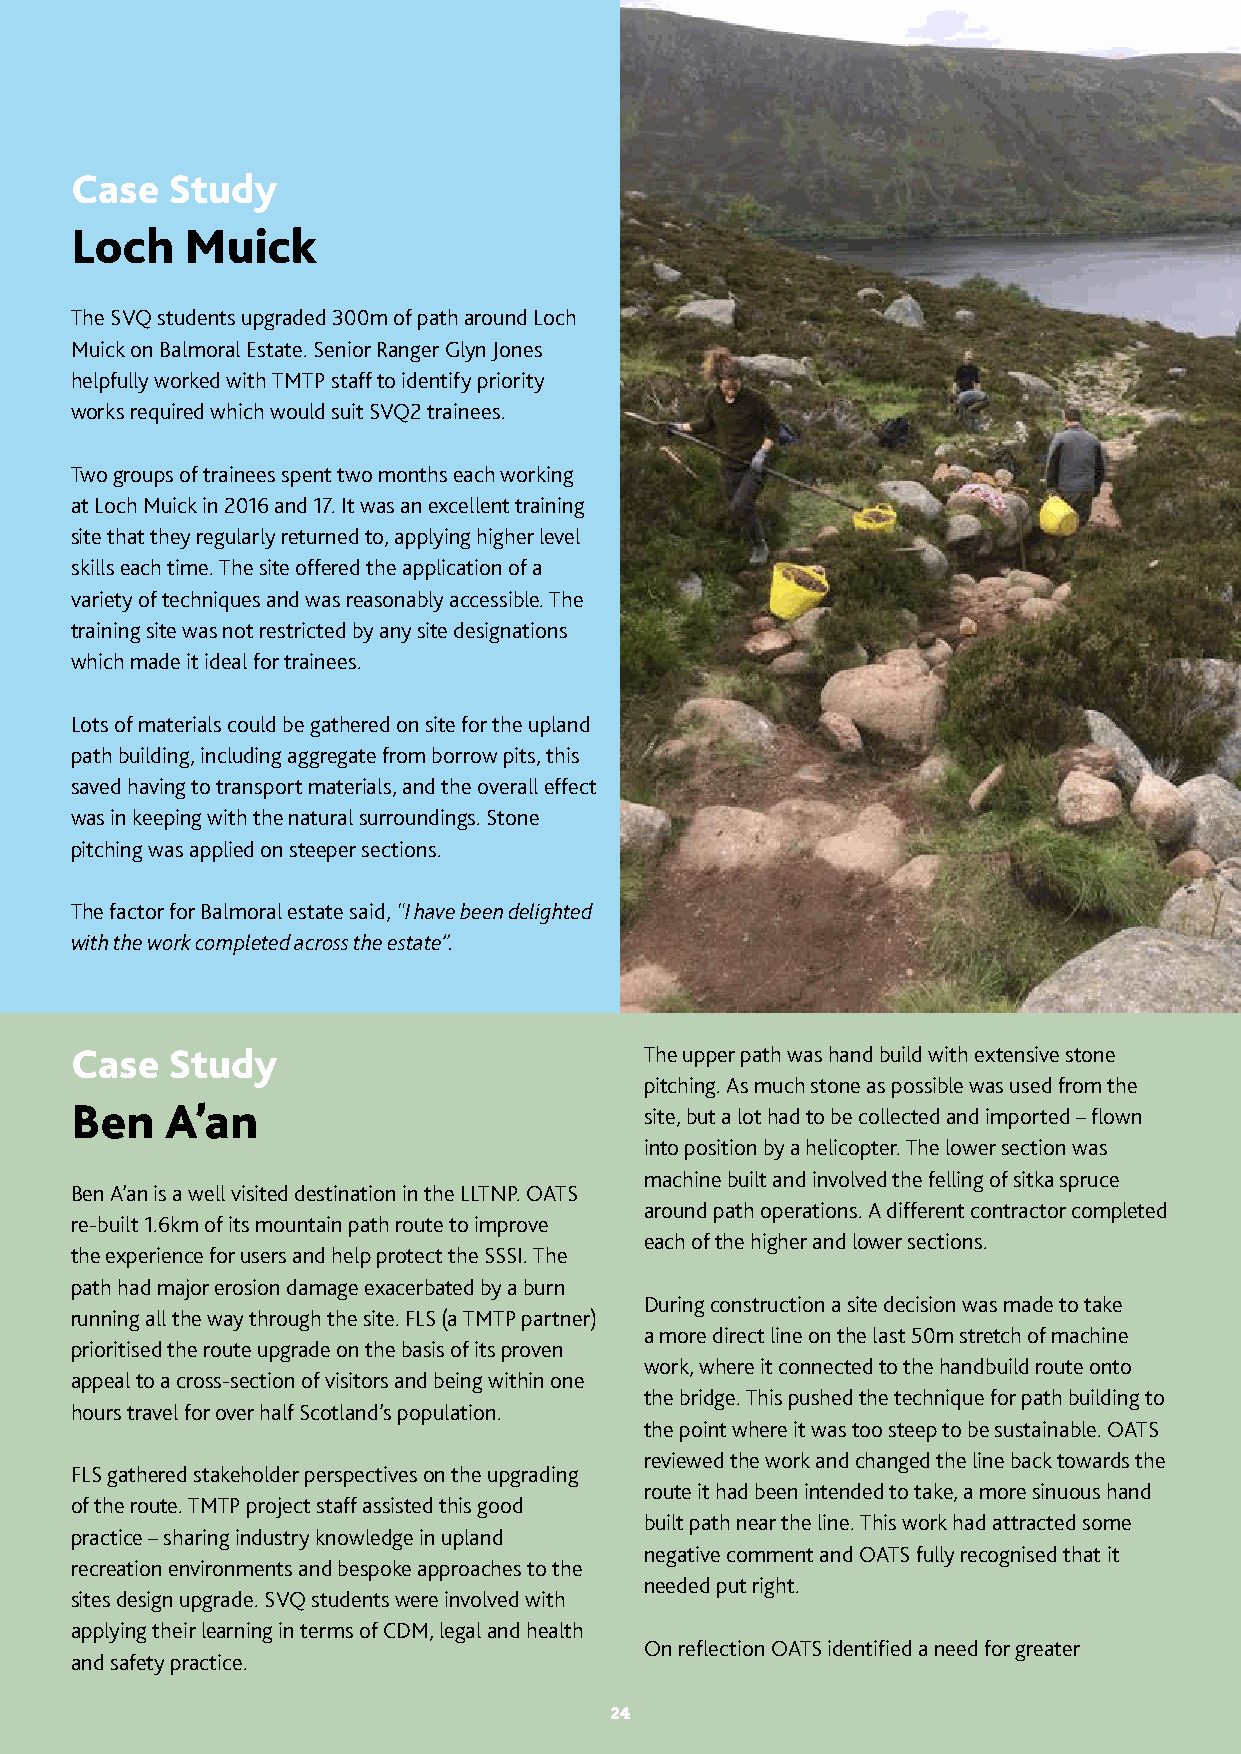
The Mountains and the People | Final Evaluation Report
 Case  Study
 Loch   Muick
 The SVQ students upgraded 300m of path around Loch
 Muick on Balmoral Estate. Senior Ranger Glyn Jones
 helpfully worked with TMTP staff to identify priority
 works required which would suit SVQ2 trainees.
 Two groups of trainees spent two months each working
 at Loch Muick in 2016 and 17. It was an excellent training
 site that they regularly returned to, applying higher level
 skills each time. The site offered the application of a
 variety of techniques and was reasonably accessible. The
 training site was not restricted by any site designations
 which made it ideal for trainees.
 Lots of materials could be gathered on site for the upland
 path building, including aggregate from borrow pits, this
 saved having to transport materials, and the overall effect
 was in keeping with the natural surroundings. Stone
 pitching was applied on steeper sections.
 The factor for Balmoral estate said, “I have been delighted
 with the work completed across the estate”.
 Case  Study                           The upper path was hand build with extensive stone
 pitching. As much stone as possible was used from the
 Ben   A’an
 site, but a lot had to be collected and imported – flown
 into position by a helicopter. The lower section was
 machine built and involved the felling of sitka spruce
 Ben A’an is a well visited destination in the LLTNP. OATS
 around path operations. A different contractor completed
 re-built 1.6km of its mountain path route to improve
 each of the higher and lower sections.
 the experience for users and help protect the SSSI. The
 path had major erosion damage exacerbated by a burn
 During construction a site decision was made to take
 running all the way through the site. FLS (a TMTP partner)
 a more direct line on the last 50m stretch of machine
 prioritised the route upgrade on the basis of its proven
 work, where it connected to the handbuild route onto
 appeal to a cross-section of visitors and being within one
 the bridge. This pushed the technique for path building to
 hours travel for over half Scotland’s population.
 the point where it was too steep to be sustainable. OATS
 reviewed the work and changed the line back towards the
 FLS gathered stakeholder perspectives on the upgrading
 route it had been intended to take, a more sinuous hand
 of the route. TMTP project staff assisted this good
 built path near the line. This work had attracted some
 practice – sharing industry knowledge in upland
 negative comment and OATS fully recognised that it
 recreation environments and bespoke approaches to the
 needed put right.
 sites design upgrade. SVQ students were involved with
 applying their learning in terms of CDM, legal and health
 On reflection OATS identified a need for greater
 and safety practice.
 2244